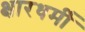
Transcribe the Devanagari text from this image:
क्षारधर्मी